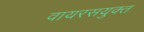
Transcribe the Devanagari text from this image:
वायरसयुक्त